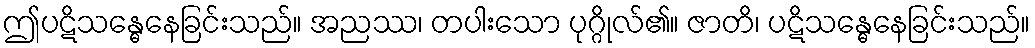
ဤပဋိသန္ဓေနေခြင်းသည်။ အညဿ၊ တပါးသော ပုဂ္ဂိုလ်၏။ ဇာတိ၊ ပဋိသန္ဓေနေခြင်းသည်။